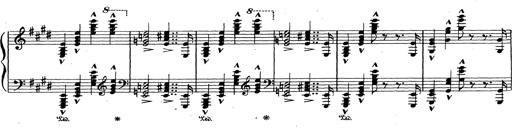
Title: Grosses Konzertsolo
Composer: Franz Liszt